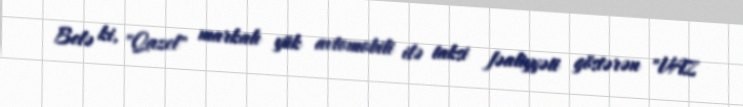
Belə ki, "Qazel" markalı yük avtomobili ilə taksi fəaliyyəti göstərən "VAZ